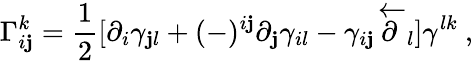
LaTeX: \Gamma_{i\mathbf{j}}^{k}={\frac{{1}}{{2}}}[\partial_{i}\gamma_{\mathbf{j}l}+(-)^{i\mathbf{j}}\partial_{\mathbf{j}}\gamma_{il}-\gamma_{i\mathbf{j}}\overleftarrow{\partial}_{l}]\gamma^{lk}\ ,